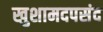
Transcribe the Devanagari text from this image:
खुशामदपसंद